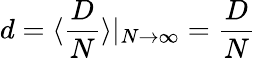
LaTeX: d=\langle\frac{D}{N}\rangle|_{N\to\infty}=\frac{D}{N}